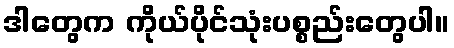
ဒါတွေက ကိုယ်ပိုင်သုံးပစ္စည်းတွေပါ။